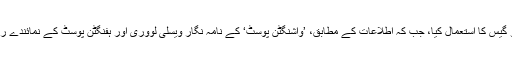
یاد رہے کہ بدھ کو پولیس نے فرگوسن میں مظاہرین پر آنسو گیس کا استعمال کیا، جب کہ اطلاعات کے مطابق، ’واشنگٹن پوسٹ‘ کے نامہ نگار ویسلی لووری اور ہفنگٹن پوسٹ کے نمائندے رائن جے رائیلی کو ایک فاسٹ فوڈ ریستوران سے گرفتار کیا۔